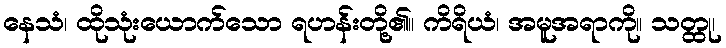
နေသံ၊ ထိုသုံးယောက်သော ရဟန်းတို့၏။ ကိရိယံ၊ အမူအရာကို။ သတ္ထု၊